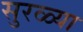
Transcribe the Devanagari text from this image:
सुरळ्या